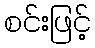
စင်းဖြင့်